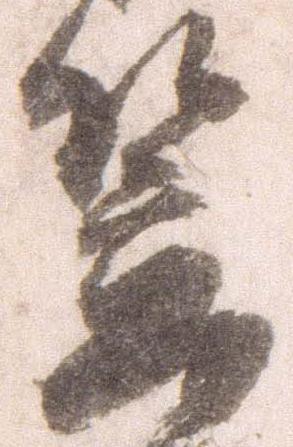
笠